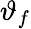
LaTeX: \vartheta_{f}